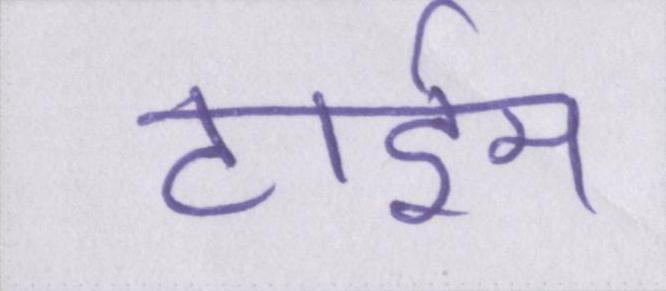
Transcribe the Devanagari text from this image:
टाईम